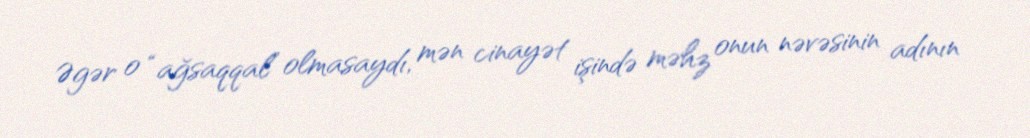
Əgər o “ağsaqqal” olmasaydı, mən cinayət işində məhz onun nəvəsinin adının